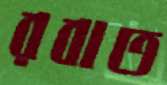
রবাত